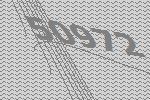
50972